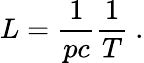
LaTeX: L=\frac{1}{pc}\frac{1}{T}~.